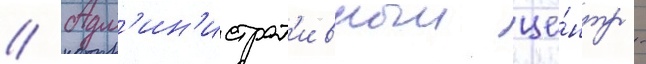
// Адм'ин'истрат'ивныи це́нтр -